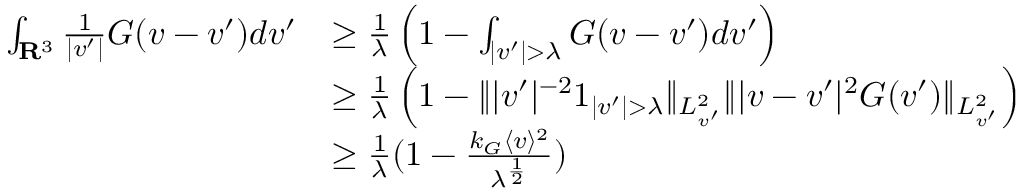
\begin{array} { r l } { \int _ { \mathbf R ^ { 3 } } \frac { 1 } { | v ^ { \prime } | } G ( v - v ^ { \prime } ) d v ^ { \prime } } & { \geq \frac { 1 } { \lambda } \left( 1 - \int _ { | v ^ { \prime } | > \lambda } G ( v - v ^ { \prime } ) d v ^ { \prime } \right) } \\ & { \geq \frac { 1 } { \lambda } \left( 1 - \| | v ^ { \prime } | ^ { - 2 } 1 _ { | v ^ { \prime } | > \lambda } \| _ { L _ { v ^ { \prime } } ^ { 2 } } \| | v - v ^ { \prime } | ^ { 2 } G ( v ^ { \prime } ) \| _ { L _ { v ^ { \prime } } ^ { 2 } } \right) } \\ & { \geq \frac { 1 } { \lambda } ( 1 - \frac { k _ { G } \langle v \rangle ^ { 2 } } { \lambda ^ { \frac { 1 } { 2 } } } ) } \end{array}